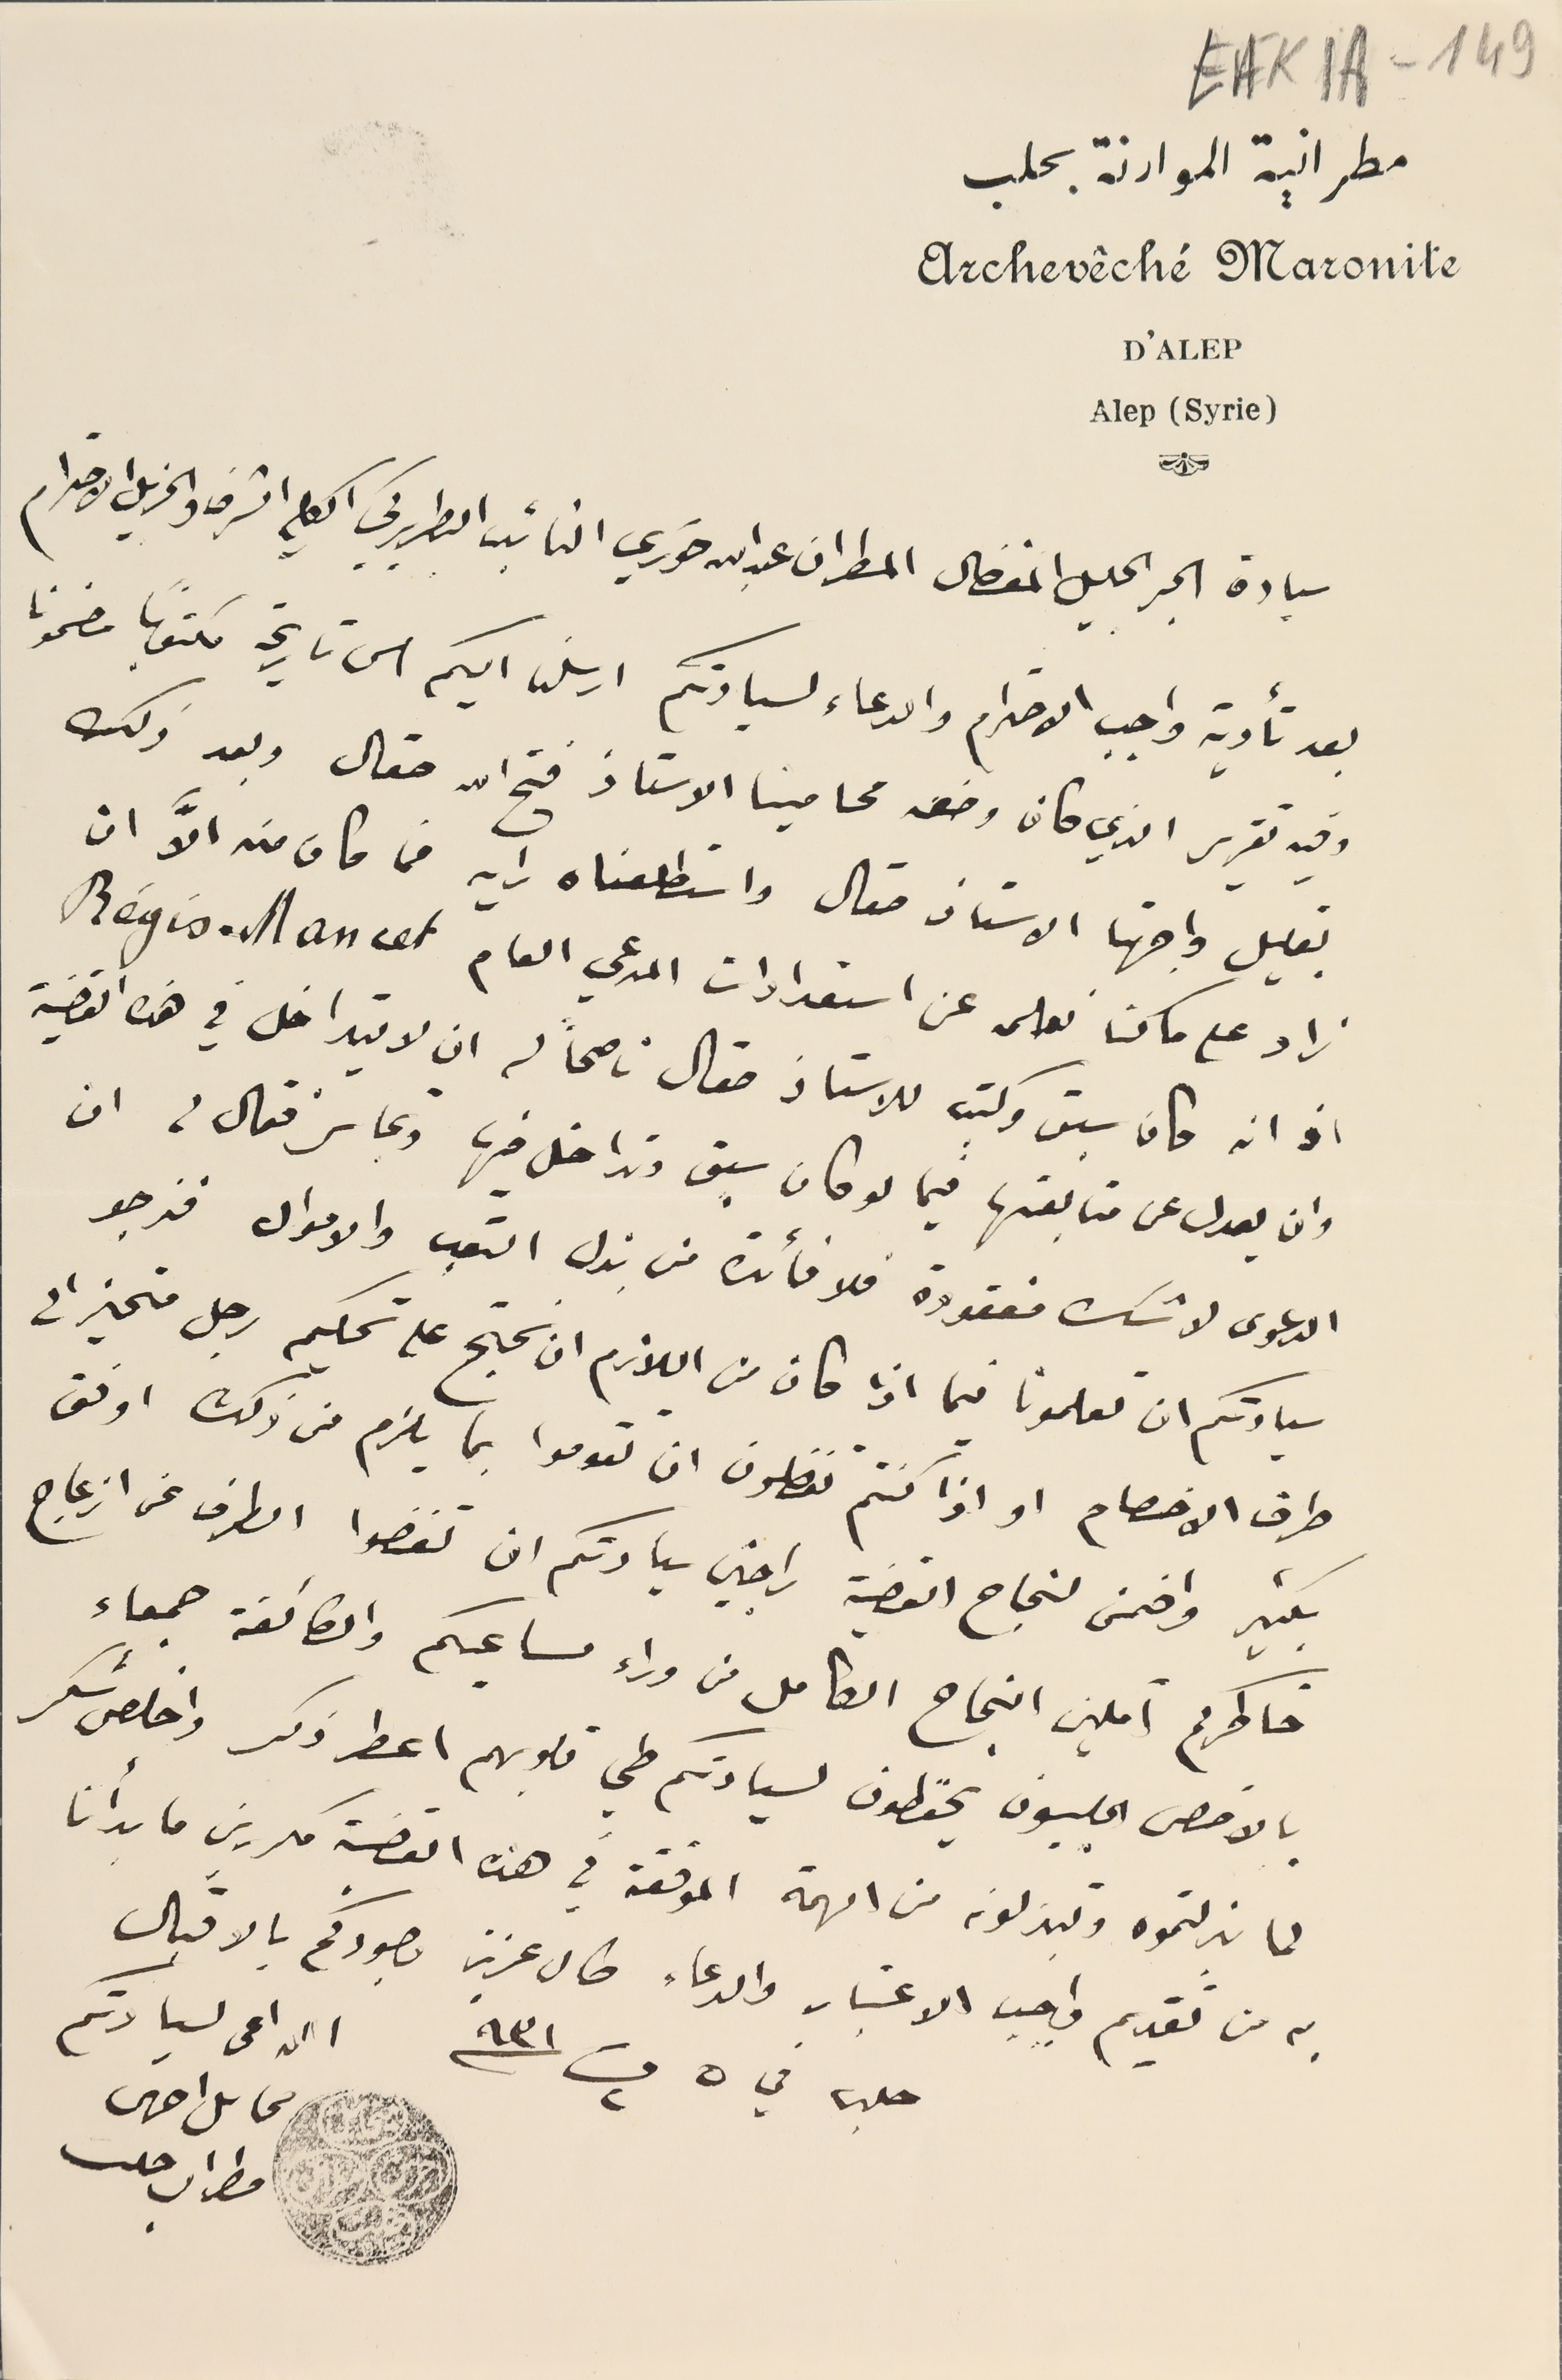
EAK1A-149
مطرانية الموارنة بحلب
Archevêché Maronite
D'ALEP
Alep (Syrie)
سيادة الحبر الجليل المفضال المطران عبدالله خوري النائب البطريركي الكلي الشرف والجزيل الاحترام
بعد تأدية واجب الاحترام والدعاء لسيادتكم ارسلنا اليكم الى تاريخه مكتوبًا مضمونا
وفيه تقرير الذي كان وضعه محامينا الاستاذ فتح الله صقال وبعد ذلك
بقليل واجهنا الاستاذ صقال واستطلعناه رايه فما كان منه الاَّ ان
زاد على ماكنا نعلمه عن استعدادات المدعي العام Régis . Mancet
اذ انه كان سبق وكتب للاستاذ صقال ناصحاً له ان لا يتداخل في هذه القضية
وان يعدل عن متابعتها فيما لو كان سبق وتداخل فيها وتجاسر فقال لى ان
 الدعوى لا شك مفقودة فلا فائدة من بذل التعب والاموال فنرجو
سيادتكم ان تعلمونا فيما اذا كان من اللازم ان نحتج على تحكيم رجل متحيز الى
طرف الاخصام او اذا كنتم تفضلون ان تقوموا بما يلزم من ذلك اوفق
بكثير واضمن لنجاح القضية راجين سيادتكم ان تغضوا الطرف عن ازعاج
خاطركم آملين النجاح الكامل من وراء مساعيكم والطائفة جمعاء
بالاخص الحلبيون يحفظون لسيادتكم طي قلوبهم اعطر ذكر واخلص شكر
لما بذلتموه وتبذلونه من الهمة الموفقة في هذه القضية مكررين ما بدأنا
الداعى لسيادتكم
به من تقديم واجب الاعتبار والدعاء طال عزيز وجودكم بالاقبال
حلب في ٥ ت٢ سنة ٩٣١ الداعى لسيادتكم
مطران حلب
محاىل احرس